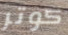
كوتر